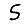
Digit: 5